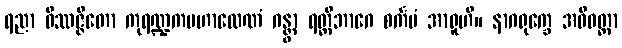
ရညာ ဝိဿဇ္ဇိတော ကုရဏ္ဍကမဟာလေဏံ ဂန္တွာ ရတ္တိဘာဂေ စင်္ကမံ အာရူဟိ။ နာဂရုက္ခေ အဓိဝတ္ထာ